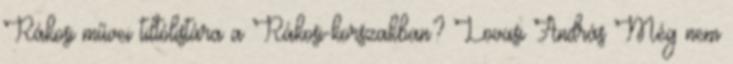
Rákosi művei tiltólistára a Rákosi-korszakban? Lovasi András Még nem